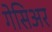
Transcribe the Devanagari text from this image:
गेसिअर